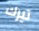
تيرك